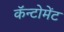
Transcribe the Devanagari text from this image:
कॅन्टोमेंट